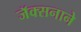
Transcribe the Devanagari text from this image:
जॅक्सनाने